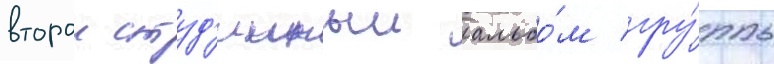
второи студ'ииныи альбо́м гру́ппы